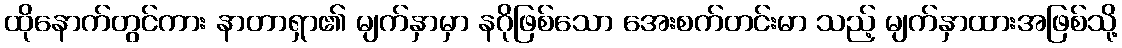
ထိုနောက်တွင်ကား နာတာရှာ၏ မျက်နှာမှာ နဂိုဖြစ်သော အေးစက်တင်းမာ သည့် မျက်နှာထားအဖြစ်သို့